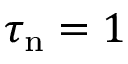
\tau _ { \mathrm { n } } = 1